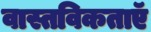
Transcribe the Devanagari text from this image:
वास्तविकताएॅ